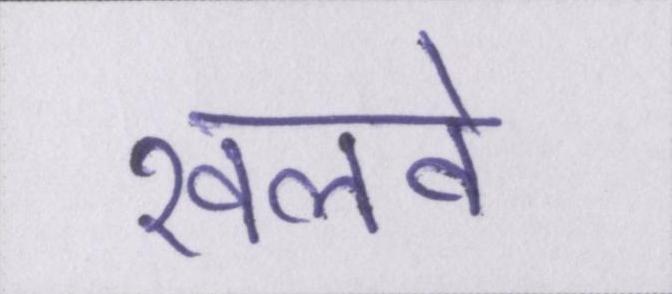
खलवे